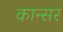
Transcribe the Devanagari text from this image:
कान्सर